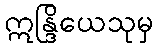
ဣန္ဒြိယေသုမှ